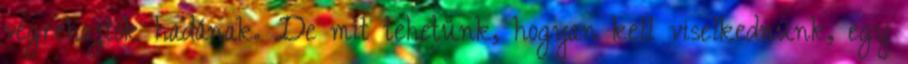
végrehajtók hadának. De mit tehetünk, hogyan kell viselkednünk, egy